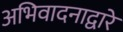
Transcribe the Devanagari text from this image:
अभिवादनाद्वारे